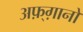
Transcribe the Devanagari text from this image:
अफ़्ग़ानों